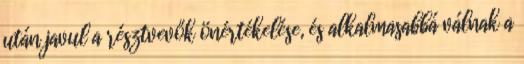
után javul a résztvevők önértékelése, és alkalmasabbá válnak a